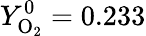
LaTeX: Y_{\mathrm{O}_{2}}^{0}=0.233